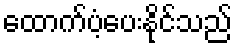
ထောက်ပံ့ပေးနိုင်သည်